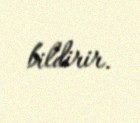
bildirir.